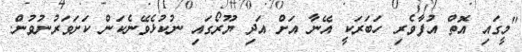
"މީގައި އޮތް އުފާވެރި ހަބަރަކީ އޭނާ އަށް އަދި ޔޫރޯގައި ނުކުޅެވޭނެކަން ކަށަވަރުނުވުން.